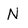
Character: N